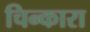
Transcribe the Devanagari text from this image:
चिन्कारा